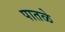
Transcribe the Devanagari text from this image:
पातळे